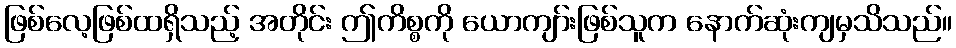
ဖြစ်လေ့ဖြစ်ထရှိသည့် အတိုင်း ဤကိစ္စကို ယောကျာ်းဖြစ်သူက နောက်ဆုံးကျမှသိသည်။